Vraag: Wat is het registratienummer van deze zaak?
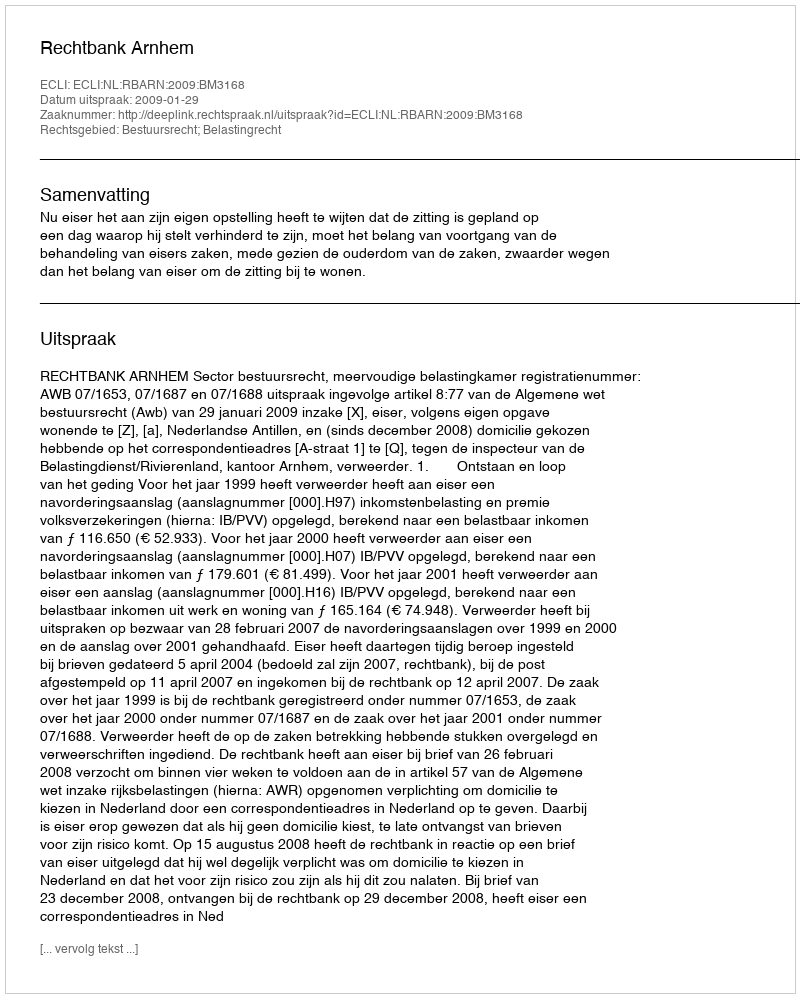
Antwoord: http://deeplink.rechtspraak.nl/uitspraak?id=ECLI:NL:RBARN:2009:BM3168